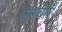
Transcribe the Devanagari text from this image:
लगवाएँ